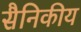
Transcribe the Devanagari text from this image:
सैनिकीय